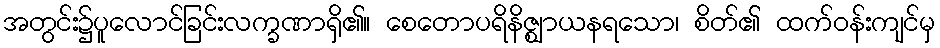
အတွင်း၌ပူလောင်ခြင်းလက္ခဏာရှိ၏။ စေတောပရိနိဇ္ဈာယနရသော၊ စိတ်၏ ထက်ဝန်းကျင်မှ